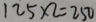
1 2 5 \times 2 = 2 5 0